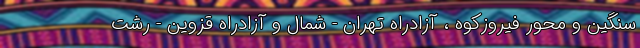
سنگین و محور فیروزکوه ، آزادراه تهران - شمال و آزادراه قزوین - رشت